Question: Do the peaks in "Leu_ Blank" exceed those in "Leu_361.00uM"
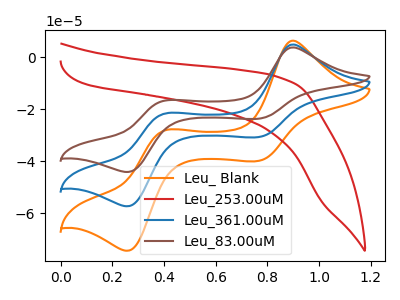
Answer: <think>The orange curve "Leu_ Blank" has anodic peaks at (0.90V, 6.35uA) (0.40V, -28.10uA) and cathodic peaks at (0.75V, -39.90uA) (0.25V, -74.45uA). The red curve "Leu_253.00uM" has no peaks. The blue curve "Leu_361.00uM" has anodic peaks at (0.90V, 4.90uA) (0.40V, -21.65uA) and cathodic peaks at (0.75V, -30.70uA) (0.25V, -57.35uA). The brown curve "Leu_83.00uM" has anodic peaks at (0.90V, 9.80uA) (0.40V, -43.25uA) and cathodic peaks at (0.75V, -61.45uA) (0.25V, -114.65uA).</think>
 <answer>The peaks in "Leu_ Blank" are neither all higher or all lower than the peaks in "Leu_361.00uM".</answer>
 <eval>mixed</eval>